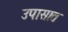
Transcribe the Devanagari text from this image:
उपासात